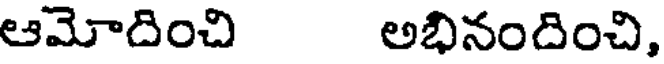
ఆమోదించి అభినందించి,